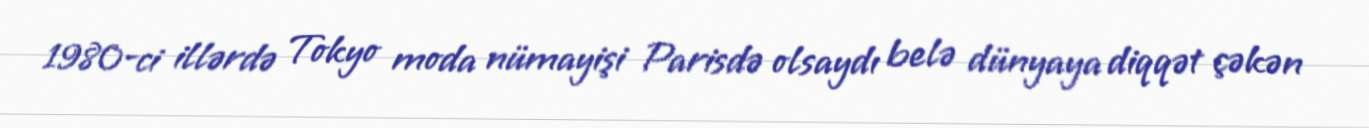
1980-ci illərdə Tokyo moda nümayişi Parisdə olsaydı belə dünyaya diqqət çəkən